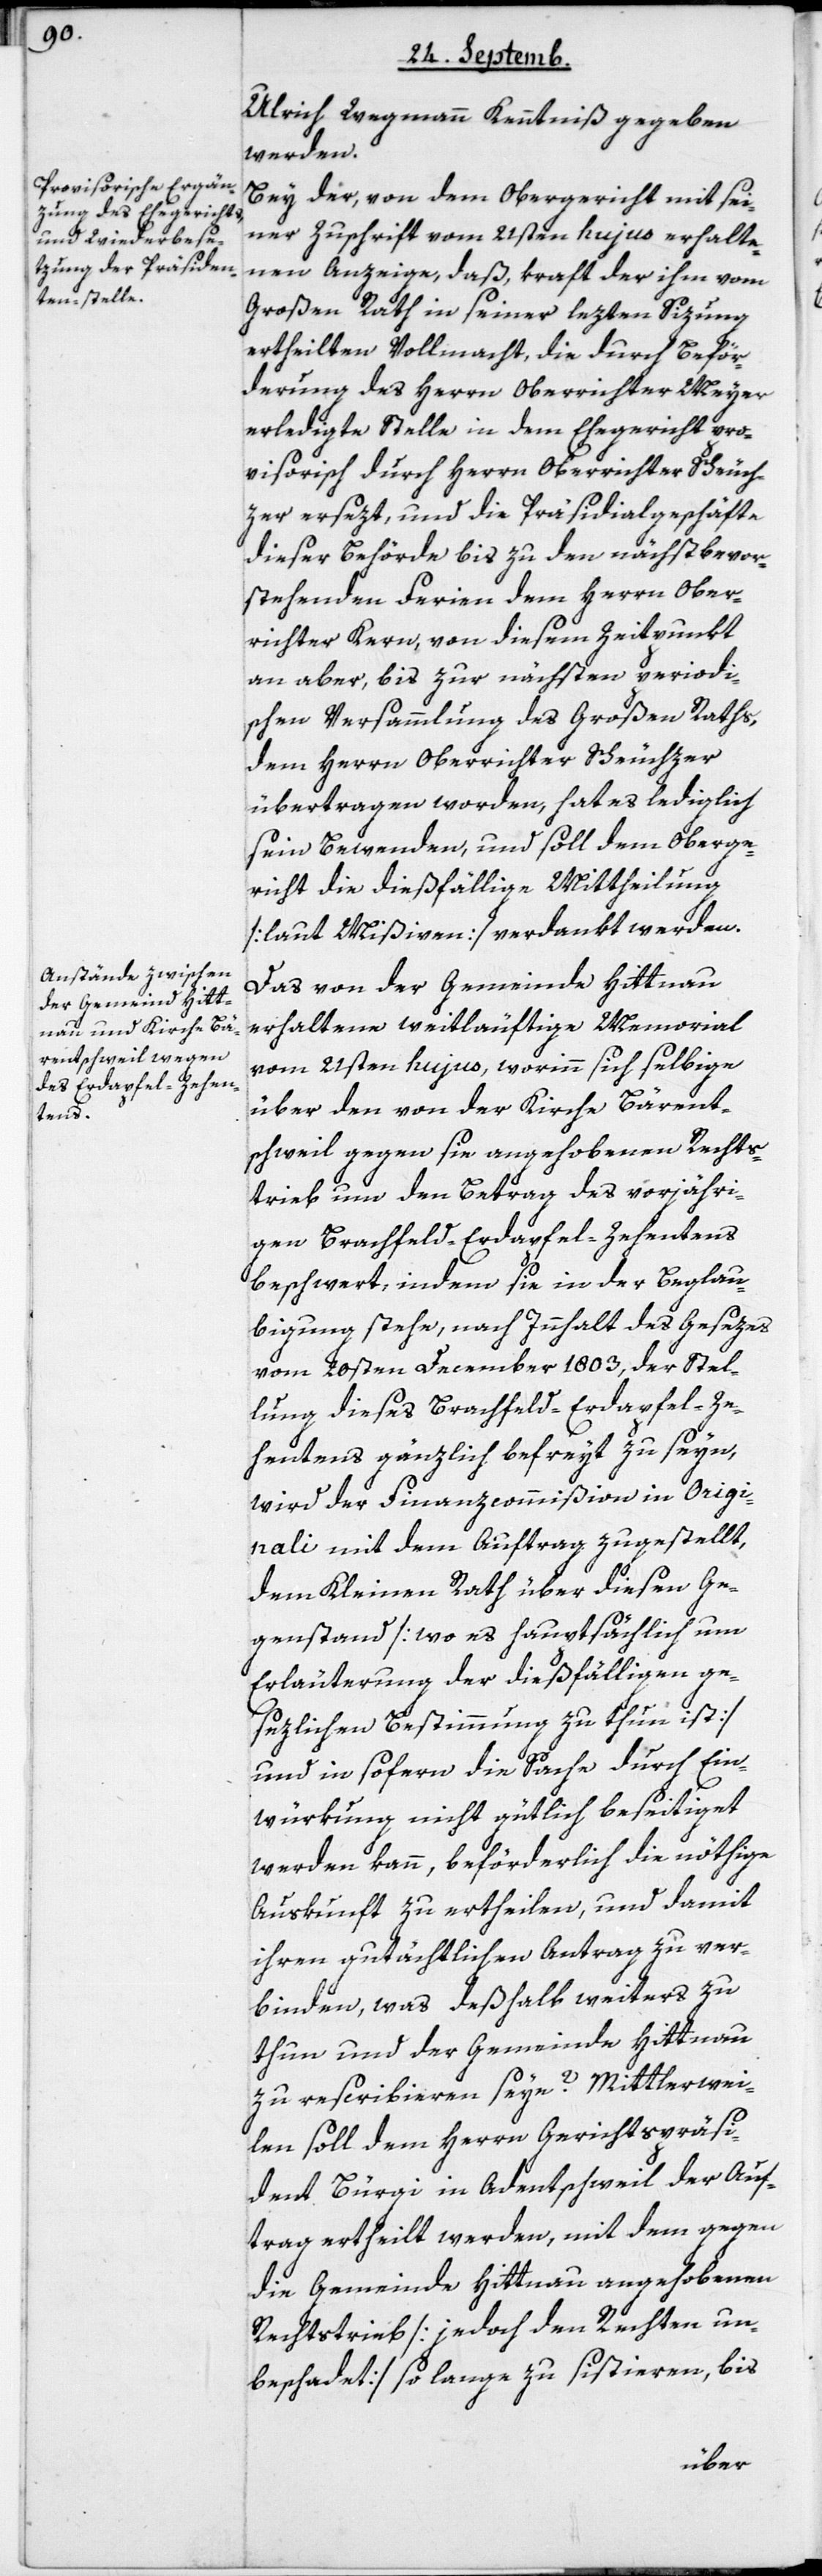
Ulrich Wegmann Kenntniß gegeben
werden.
Bey der, von dem Obergericht mit sei¬
ner Zuschrift vom 21sten hujus erhalte¬
nen Anzeige, daß, kraft der ihm vom
Großen Rath in seiner lezten Sizung
ertheilten Vollmacht, die durch Beför¬
derung des Herrn Oberrichter Meyer
erledigte Stelle in dem Ehegericht pro¬
visorisch durch Herrn Oberrichter Scheuch¬
zer ersezt, und die Präsidialgeschäfte
dieser Behörde bis zu den nächstbevor¬
stehenden Ferien dem Herrn Ober¬
richter Kern, von diesem Zeitpunkt
an aber, bis zur nächsten periodi¬
schen Versammlung des Großen Raths,
dem Herrn Oberrichter Scheuchzer
übertragen worden, hat es lediglich
sein Bewenden, und soll dem Oberge¬
richt die dießfällige Mittheilung
[laut Mißiven] verdankt werden.
Das von der Gemeinde Hittnau
erhaltene weitläuftige Memorial
vom 21sten hujus, worinn sich selbige
über den von der Kirche Bärent¬
schweil gegen sie angehobenen Rechts¬
trieb um den Betrag des vorjähri¬
gen Brachfeld-Erdapfel-Zehentens
beschwert, indem sie in der Beglau¬
bigung stehe, nach Innhalt des Gesezes
vom 20sten December 1803, der Stel¬
lung dieses Brachfeld-Erdapfel-Ze¬
hentens gänzlich befreyt zu seyn,
wird der Finanzcommißion in Origi¬
nali mit dem Auftrag zugestellt,
dem Kleinen Rath über diesen Ge¬
genstand [wo es hauptsächlich um
Erläuterung der dießfälligen ge¬
sezlichen Bestimmung zu thun ist]
und in sofern die Sache durch Ein¬
würkung nicht gütlich beseitiget
werden kann, beförderlich die nöthige
Auskunft zu ertheilen, und damit
ihren gutächtlichen Antrag zu ver¬
binden, was deßhalb weiters zu
thun und der Gemeinde Hittnau
zu rescribieren seye? Mittlerwei¬
len soll dem Herrn Gerichtspräsi¬
dent Bürgi in Adentschweil der Auf¬
trag ertheilt werden, mit dem gegen
die Gemeinde Hittnau angehobenen
Rechtstrieb [jedoch den Rechten un¬
beschadet] so lange zu sistieren, bis